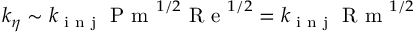
k _ { \eta } \sim k _ { \textrm { i n j } } \textrm { P m } ^ { 1 / 2 } \textrm { R e } ^ { 1 / 2 } = k _ { \textrm { i n j } } \textrm { R m } ^ { 1 / 2 }